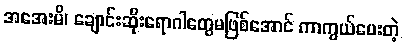
အအေးမိ၊ ချောင်းဆိုးရောဂါတွေမဖြစ်အောင် ကာကွယ်ပေးတဲ့